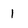
Character: 1